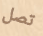
تصل